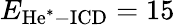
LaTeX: E_{\mathrm{He^{*}-ICD}}=15